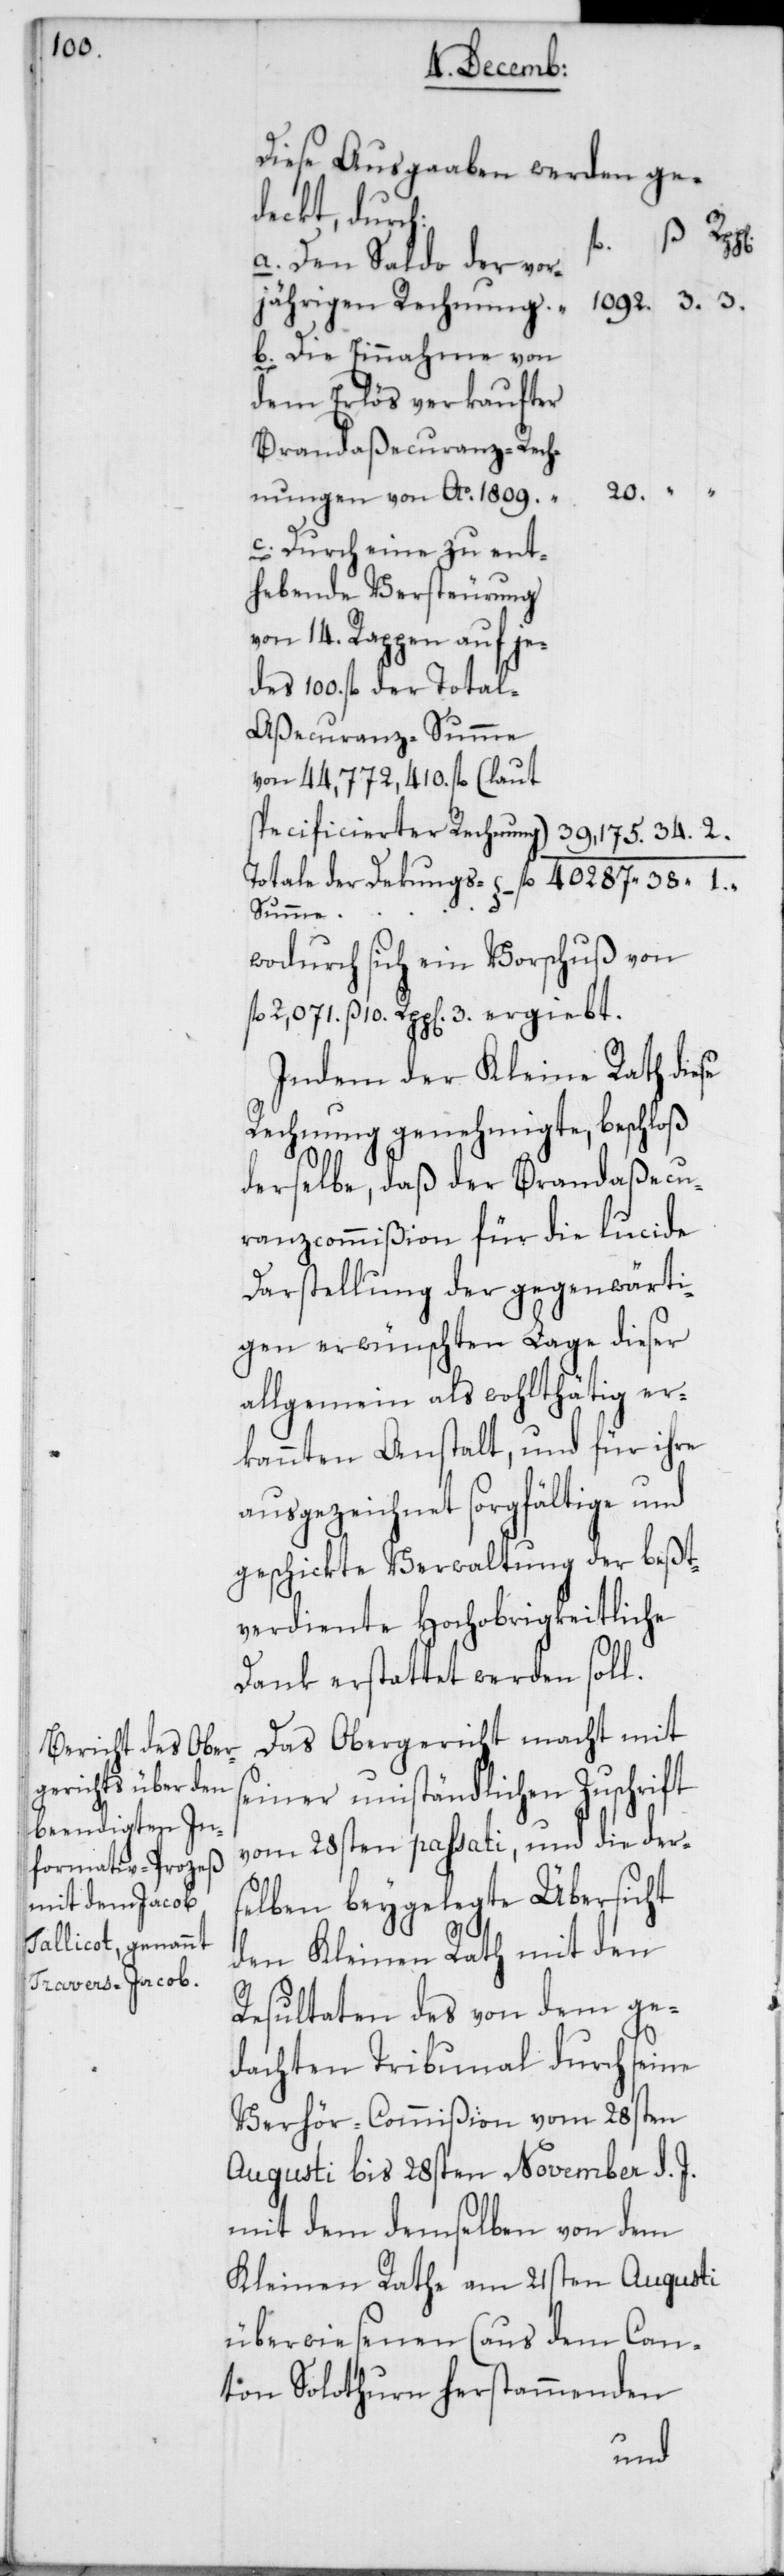
Diese Ausgaben werden ge¬
deckt, durch:
40 287.
s¬
a. Den Saldo der vor¬
1092.
jährigen Rechnung.
b. Die Einnahme von
dem Erlös verkaufter
Brandaßecuranz-Rech¬
20.
nungen von Ao. 1809.
c. Durch eine zu ent¬
hebende Versteuerung
von 14. Rappen auf je¬
des 100. fl. der Tota¬
l-Aßecuranz-Summe
von 44,772,410. fl. (laut
wodurch sich ein Vorschuß von
fl. 2,071. ß 10 Rpp[en] 3. ergibt.
Indem der Kleine Rath diese
Rechnung genehmigte, beschloß
derselbe, daß der Brandaßecu¬
ranzcommißion für die lucide
Darstellung der gegenwärti¬
gen erwünschten Lage dieser
allgemein als wohlthätig er¬
kannten Anstalt, und für ihre
ausgezeichnet sorgfältige und
geschickte Verwaltung der beßt¬
verdiente hochobrigkeitliche
Dank erstattet werden soll.
Das Obergericht macht mit
einer umständlichen Zuschrift
vom 28sten passati, und die der¬
selben beygelegte Übersicht
den Kleinen Rath mit den
Resultaten des von dem ge¬
dachten Tribunal durch seine
Verhör-Commißion vom 28sten
Augusti bis 28sten November d. J.
mit dem demselben von dem
Kleinen Rathe am 21sten Augusti
überwiesenen (aus dem Can¬
ton Solothurn herstammenden